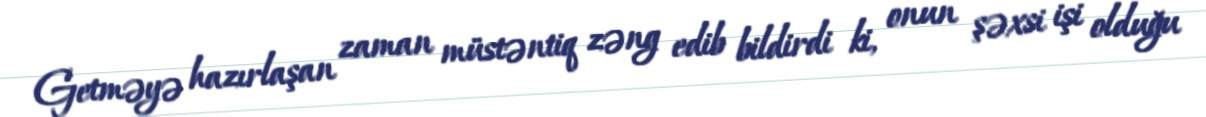
Getməyə hazırlaşan zaman müstəntiq zəng edib bildirdi ki, onun şəxsi işi olduğu